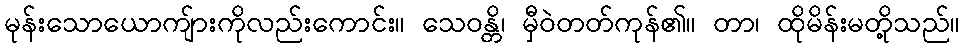
မုန်းသောယောကျ်ားကိုလည်းကောင်း။ သေဝန္တိ၊ မှီဝဲတတ်ကုန်၏။ တာ၊ ထိုမိန်းမတို့သည်။